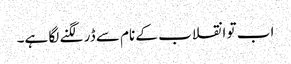
اب تو انقلاب کے نام سے ڈر لگنے لگا ہے۔